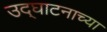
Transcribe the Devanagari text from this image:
उद्घाटनाच्या